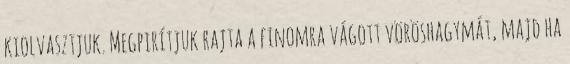
kiolvasztjuk. Megpirítjuk rajta a finomra vágott vöröshagymát, majd ha